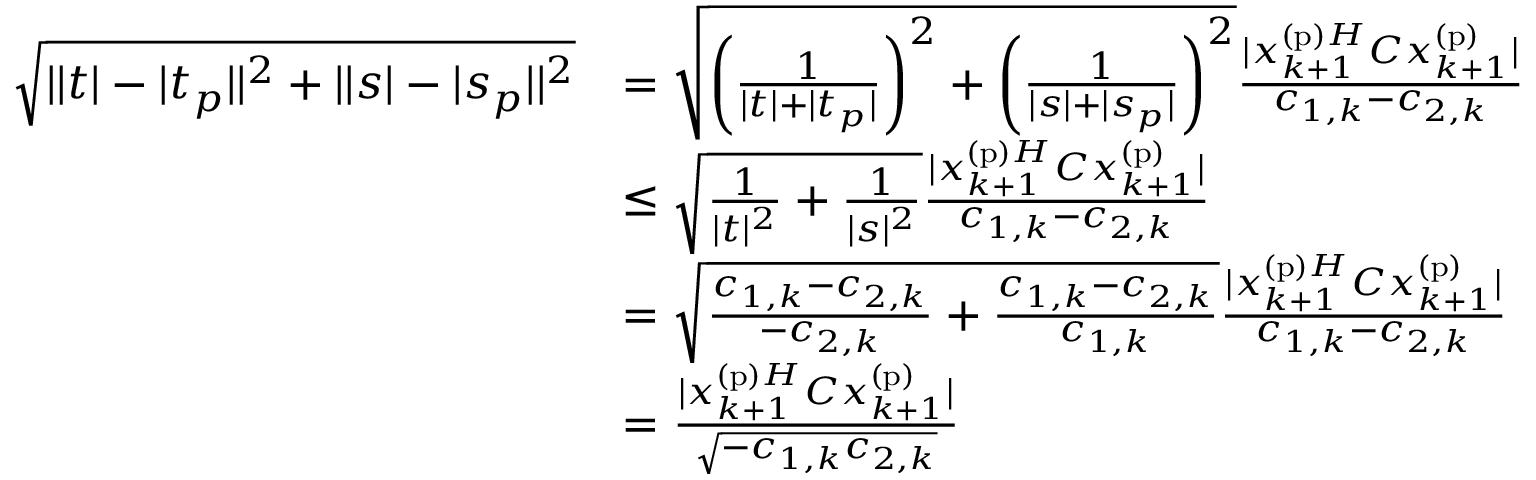
\begin{array} { r l } { \sqrt { | | t | - | t _ { p } | | ^ { 2 } + | | s | - | s _ { p } | | ^ { 2 } } } & { = \sqrt { \left( \frac { 1 } { | t | + | t _ { p } | } \right) ^ { 2 } + \left( \frac { 1 } { | s | + | s _ { p } | } \right) ^ { 2 } } \frac { | x _ { k + 1 } ^ { \mathrm { ( p ) } H } C x _ { k + 1 } ^ { \mathrm { ( p ) } } | } { c _ { 1 , k } - c _ { 2 , k } } } \\ & { \leq \sqrt { \frac { 1 } { | t | ^ { 2 } } + \frac { 1 } { | s | ^ { 2 } } } \frac { | x _ { k + 1 } ^ { \mathrm { ( p ) } H } C x _ { k + 1 } ^ { \mathrm { ( p ) } } | } { c _ { 1 , k } - c _ { 2 , k } } } \\ & { = \sqrt { \frac { c _ { 1 , k } - c _ { 2 , k } } { - c _ { 2 , k } } + \frac { c _ { 1 , k } - c _ { 2 , k } } { c _ { 1 , k } } } \frac { | x _ { k + 1 } ^ { \mathrm { ( p ) } H } C x _ { k + 1 } ^ { \mathrm { ( p ) } } | } { c _ { 1 , k } - c _ { 2 , k } } } \\ & { = \frac { | x _ { k + 1 } ^ { \mathrm { ( p ) } H } C x _ { k + 1 } ^ { \mathrm { ( p ) } } | } { \sqrt { - c _ { 1 , k } c _ { 2 , k } } } } \end{array}